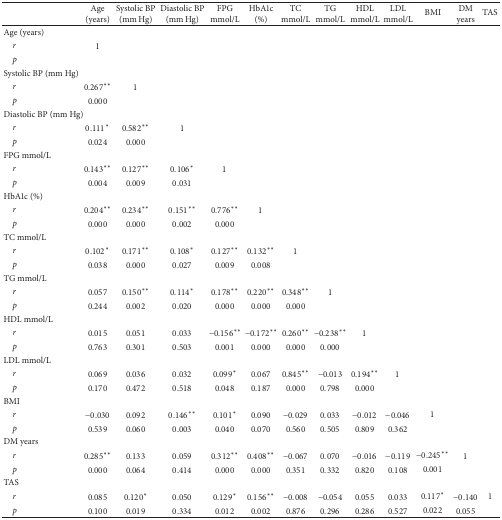
<table><thead><tr><td><b> </b></td><td><b>Age (years)</b></td><td><b>Systolic BP (mm Hg)</b></td><td><b>Diastolic BP (mm Hg)</b></td><td><b>FPG mmol/L</b></td><td><b>HbA1c (%)</b></td><td><b>TC mmol/L</b></td><td><b>TG mmol/L</b></td><td><b>HDL mmol/L</b></td><td><b>LDL mmol/L</b></td><td><b>BMI</b></td><td><b>DM years</b></td><td><b>TAS</b></td></tr></thead><tbody><tr><td>Age (years)</td><td> </td><td> </td><td> </td><td> </td><td> </td><td> </td><td> </td><td> </td><td> </td><td> </td><td> </td><td> </td></tr><tr><td> <i>r </i></td><td>1</td><td> </td><td> </td><td> </td><td> </td><td> </td><td> </td><td> </td><td> </td><td> </td><td> </td><td> </td></tr><tr><td> <i>p </i></td><td> </td><td> </td><td> </td><td> </td><td> </td><td> </td><td> </td><td> </td><td> </td><td> </td><td> </td><td> </td></tr><tr><td>Systolic BP (mm Hg)</td><td> </td><td> </td><td> </td><td> </td><td> </td><td> </td><td> </td><td> </td><td> </td><td> </td><td> </td><td> </td></tr><tr><td> <i>r </i></td><td>0.267<sup><i>∗∗</i></sup></td><td>1</td><td> </td><td> </td><td> </td><td> </td><td> </td><td> </td><td> </td><td> </td><td> </td><td> </td></tr><tr><td> <i>p </i></td><td>0.000</td><td> </td><td> </td><td> </td><td> </td><td> </td><td> </td><td> </td><td> </td><td> </td><td> </td><td> </td></tr><tr><td>Diastolic BP (mm Hg)</td><td> </td><td> </td><td> </td><td> </td><td> </td><td> </td><td> </td><td> </td><td> </td><td> </td><td> </td><td> </td></tr><tr><td> <i>r </i></td><td>0.111<sup><i>∗</i></sup></td><td>0.582<sup><i>∗∗</i></sup></td><td>1</td><td> </td><td> </td><td> </td><td> </td><td> </td><td> </td><td> </td><td> </td><td> </td></tr><tr><td> <i>p </i></td><td>0.024</td><td>0.000</td><td> </td><td> </td><td> </td><td> </td><td> </td><td> </td><td> </td><td> </td><td> </td><td> </td></tr><tr><td>FPG mmol/L</td><td> </td><td> </td><td> </td><td> </td><td> </td><td> </td><td> </td><td> </td><td> </td><td> </td><td> </td><td> </td></tr><tr><td> <i>r </i></td><td>0.143<sup><i>∗∗</i></sup></td><td>0.127<sup><i>∗∗</i></sup></td><td>0.106<sup><i>∗</i></sup></td><td>1</td><td> </td><td> </td><td> </td><td> </td><td> </td><td> </td><td> </td><td> </td></tr><tr><td> <i>p </i></td><td>0.004</td><td>0.009</td><td>0.031</td><td> </td><td> </td><td> </td><td> </td><td> </td><td> </td><td> </td><td> </td><td> </td></tr><tr><td>HbA1c (%)</td><td> </td><td> </td><td> </td><td> </td><td> </td><td> </td><td> </td><td> </td><td> </td><td> </td><td> </td><td> </td></tr><tr><td> <i>r </i></td><td>0.204<sup><i>∗∗</i></sup></td><td>0.234<sup><i>∗∗</i></sup></td><td>0.151<sup><i>∗∗</i></sup></td><td>0.776<sup><i>∗∗</i></sup></td><td>1</td><td> </td><td> </td><td> </td><td> </td><td> </td><td> </td><td> </td></tr><tr><td> <i>p </i></td><td>0.000</td><td>0.000</td><td>0.002</td><td>0.000</td><td> </td><td> </td><td> </td><td> </td><td> </td><td> </td><td> </td><td> </td></tr><tr><td>TC mmol/L</td><td> </td><td> </td><td> </td><td> </td><td> </td><td> </td><td> </td><td> </td><td> </td><td> </td><td> </td><td> </td></tr><tr><td> <i>r </i></td><td>0.102<sup><i>∗</i></sup></td><td>0.171<sup><i>∗∗</i></sup></td><td>0.108<sup><i>∗</i></sup></td><td>0.127<sup><i>∗∗</i></sup></td><td>0.132<sup><i>∗∗</i></sup></td><td>1</td><td> </td><td> </td><td> </td><td> </td><td> </td><td> </td></tr><tr><td> <i>p </i></td><td>0.038</td><td>0.000</td><td>0.027</td><td>0.009</td><td>0.008</td><td> </td><td> </td><td> </td><td> </td><td> </td><td> </td><td> </td></tr><tr><td>TG mmol/L</td><td> </td><td> </td><td> </td><td> </td><td> </td><td> </td><td> </td><td> </td><td> </td><td> </td><td> </td><td> </td></tr><tr><td> <i>r </i></td><td>0.057</td><td>0.150<sup><i>∗∗</i></sup></td><td>0.114<sup><i>∗</i></sup></td><td>0.178<sup><i>∗∗</i></sup></td><td>0.220<sup><i>∗∗</i></sup></td><td>0.348<sup><i>∗∗</i></sup></td><td>1</td><td> </td><td> </td><td> </td><td> </td><td> </td></tr><tr><td> <i>p </i></td><td>0.244</td><td>0.002</td><td>0.020</td><td>0.000</td><td>0.000</td><td>0.000</td><td> </td><td> </td><td> </td><td> </td><td> </td><td> </td></tr><tr><td>HDL mmol/L</td><td> </td><td> </td><td> </td><td> </td><td> </td><td> </td><td> </td><td> </td><td> </td><td> </td><td> </td><td> </td></tr><tr><td> <i>r </i></td><td>0.015</td><td>0.051</td><td>0.033</td><td>−0.156<sup><i>∗∗</i></sup></td><td>−0.172<sup><i>∗∗</i></sup></td><td>0.260<sup><i>∗∗</i></sup></td><td>−0.238<sup><i>∗∗</i></sup></td><td>1</td><td> </td><td> </td><td> </td><td> </td></tr><tr><td> <i>p </i></td><td>0.763</td><td>0.301</td><td>0.503</td><td>0.001</td><td>0.000</td><td>0.000</td><td>0.000</td><td> </td><td> </td><td> </td><td> </td><td> </td></tr><tr><td>LDL mmol/L</td><td> </td><td> </td><td> </td><td> </td><td> </td><td> </td><td> </td><td> </td><td> </td><td> </td><td> </td><td> </td></tr><tr><td> <i>r </i></td><td>0.069</td><td>0.036</td><td>0.032</td><td>0.099<sup><i>∗</i></sup></td><td>0.067</td><td>0.845<sup><i>∗∗</i></sup></td><td>−0.013</td><td>0.194<sup><i>∗∗</i></sup></td><td>1</td><td> </td><td> </td><td> </td></tr><tr><td> <i>p </i></td><td>0.170</td><td>0.472</td><td>0.518</td><td>0.048</td><td>0.187</td><td>0.000</td><td>0.798</td><td>0.000</td><td> </td><td> </td><td> </td><td> </td></tr><tr><td>BMI</td><td> </td><td> </td><td> </td><td> </td><td> </td><td> </td><td> </td><td> </td><td> </td><td> </td><td> </td><td> </td></tr><tr><td> <i>r </i></td><td>−0.030</td><td>0.092</td><td>0.146<sup><i>∗∗</i></sup></td><td>0.101<sup><i>∗</i></sup></td><td>0.090</td><td>−0.029</td><td>0.033</td><td>−0.012</td><td>−0.046</td><td>1</td><td> </td><td> </td></tr><tr><td> <i>p </i></td><td>0.539</td><td>0.060</td><td>0.003</td><td>0.040</td><td>0.070</td><td>0.560</td><td>0.505</td><td>0.809</td><td>0.362</td><td> </td><td> </td><td> </td></tr><tr><td>DM years</td><td> </td><td> </td><td> </td><td> </td><td> </td><td> </td><td> </td><td> </td><td> </td><td> </td><td> </td><td> </td></tr><tr><td> <i>r </i></td><td>0.285<sup><i>∗∗</i></sup></td><td>0.133</td><td>0.059</td><td>0.312<sup><i>∗∗</i></sup></td><td>0.408<sup><i>∗∗</i></sup></td><td>−0.067</td><td>0.070</td><td>−0.016</td><td>−0.119</td><td>−0.245<sup><i>∗∗</i></sup></td><td>1</td><td> </td></tr><tr><td> <i>p </i></td><td>0.000</td><td>0.064</td><td>0.414</td><td>0.000</td><td>0.000</td><td>0.351</td><td>0.332</td><td>0.820</td><td>0.108</td><td>0.001</td><td> </td><td> </td></tr><tr><td>TAS</td><td> </td><td> </td><td> </td><td> </td><td> </td><td> </td><td> </td><td> </td><td> </td><td> </td><td> </td><td> </td></tr><tr><td> <i>r </i></td><td>0.085</td><td>0.120<sup><i>∗</i></sup></td><td>0.050</td><td>0.129<sup><i>∗</i></sup></td><td>0.156<sup><i>∗∗</i></sup></td><td>−0.008</td><td>−0.054</td><td>0.055</td><td>0.033</td><td>0.117<sup><i>∗</i></sup></td><td>−0.140</td><td>1</td></tr><tr><td> <i>p </i></td><td>0.100</td><td>0.019</td><td>0.334</td><td>0.012</td><td>0.002</td><td>0.876</td><td>0.296</td><td>0.286</td><td>0.527</td><td>0.022</td><td>0.055</td><td> </td></tr></tbody></table>